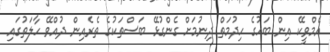
އެމްވީކޭ އިން ބަހުގެ ހިދުމަތް ދިނުމަށް ގެންގުޅޭ ބަސްތަކުގެ ތެރެއިން ދުއްވޭ ހާލަތުގައި